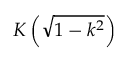
K \left( { \sqrt { 1 - k ^ { 2 } } } \right)